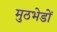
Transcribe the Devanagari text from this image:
मुठभेडों